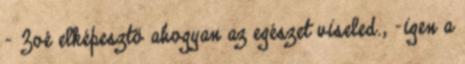
- Zoé elképesztő ahogyan az egészet viseled., -igen a